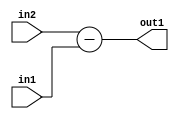
`timescale 1ps / 1ps
/*****************************************************************************
    Verilog RTL Description
    
    
    Created by: Stratus DpOpt 2019.1.01 
*******************************************************************************/

module pw_weight_addr_gen_Sub_11Ux1U_12S_4 (
	in2,
	in1,
	out1
	); /* architecture "behavioural" */ 
input [10:0] in2;
input  in1;
output [11:0] out1;
wire [11:0] asc001;

assign asc001 = 
	+(in2)
	-(in1);

assign out1 = asc001;
endmodule

/* CADENCE  ubLySgE= : u9/ySgnWtBlWxVPRXgAZ4Og= ** DO NOT EDIT THIS LINE ******/